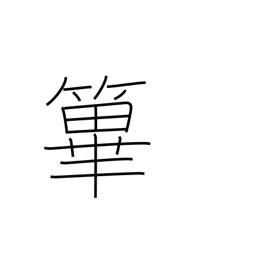
Meaning: fence